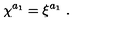
\chi ^ { a _ { 1 } } = \xi ^ { a _ { 1 } } \ .